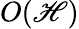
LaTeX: O(\mathscr{H})